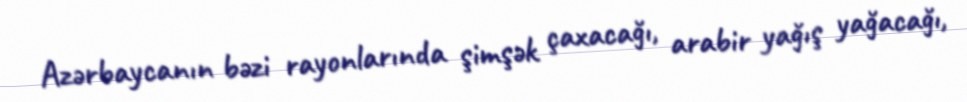
Azərbaycanın bəzi rayonlarında şimşək çaxacağı, arabir yağış yağacağı,